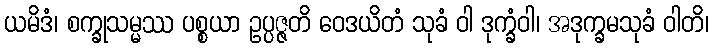
ယမိဒံ၊ စက္ခုသမ္မဿ ပစ္စယာ ဥပ္ပဇ္ဇတိ ဝေဒယိတံ သုခံ ဝါ ဒုက္ခံဝါ၊ အဒုက္ခမသုခံ ဝါတိ၊